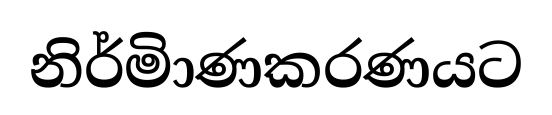
නිර්මිාණකරණයට